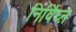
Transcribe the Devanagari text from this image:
निर्विघ्ऩ